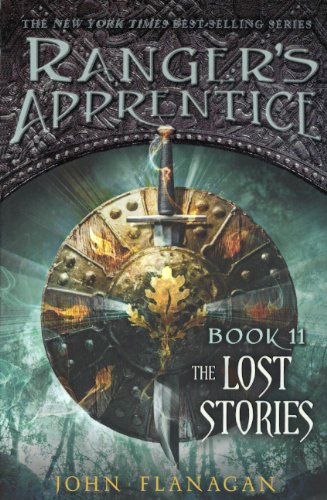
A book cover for The Lost Stories (Turtleback School & Library Binding Edition) (Ranger's Apprentice); John Flanagan; Teen & Young Adult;